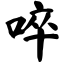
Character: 啐